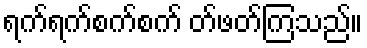
ရက်ရက်စက်စက် တ်ဖတ်ကြသည်။